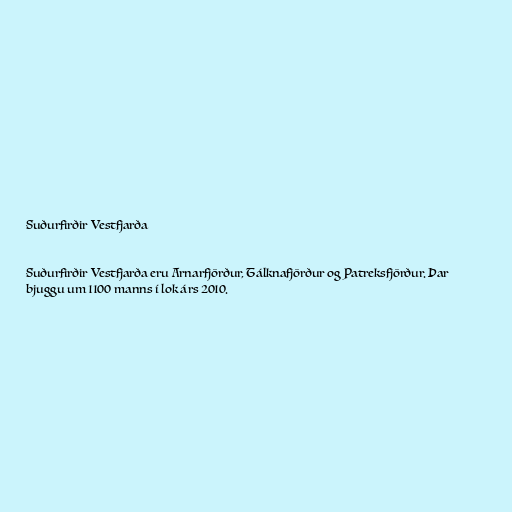
Suðurfirðir Vestfjarða

Suðurfirðir Vestfjarða eru Arnarfjörður, Tálknafjörður og Patreksfjörður. Þar
bjuggu um 1100 manns í lok árs 2010.